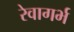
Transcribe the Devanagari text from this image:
रेवागर्भ